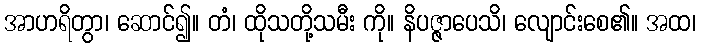
အာဟရိတွာ၊ ဆောင်၍။ တံ၊ ထိုသတို့သမီး ကို။ နိပဇ္ဇာပေသိ၊ လျောင်းစေ၏။ အထ၊